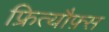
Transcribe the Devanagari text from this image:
फ्रित्यौफ़्स